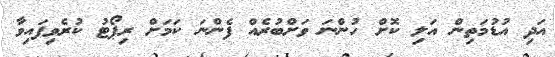
އަދި އުޑުމަތިން އަލި ކޮށް ހުންނަ ވަށްބުރެއް ފެންނަ ކަމަށް ރިޕޯޓު ކުރެވިފައިވާ